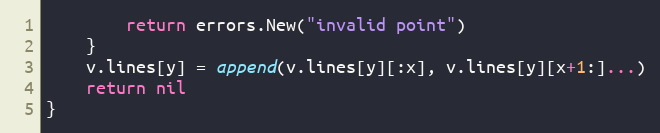
Language: Go
		return errors.New("invalid point")
	}
	v.lines[y] = append(v.lines[y][:x], v.lines[y][x+1:]...)
	return nil
}